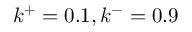
k ^ { + } = 0 . 1 , k ^ { - } = 0 . 9